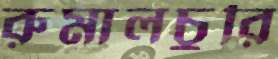
রুমালচুরি